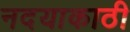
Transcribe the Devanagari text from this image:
नदयाकाठी